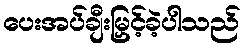
ပေးအပ်ချီးမြှင့်ခဲ့ပါသည်